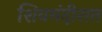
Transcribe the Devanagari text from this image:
शिवमंदीरात